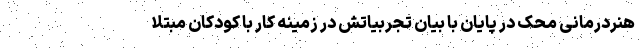
هنردرمانی محک در پایان با بیان تجربیاتش در زمینه کار با کودکان مبتلا